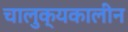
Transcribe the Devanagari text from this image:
चालुक्‍यकालीन